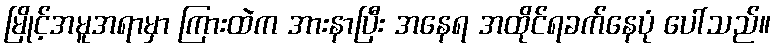
မြိုင့်အမူအရာမှာ ကြားထဲက အားနာပြီး အနေရ အထိုင်ရခက်နေပုံ ပေါ်သည်။